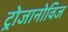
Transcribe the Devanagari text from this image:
ट्रोजानोविज